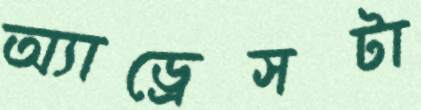
অ্যাড্রেসটা